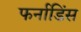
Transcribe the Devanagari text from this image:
फर्नाडिंस